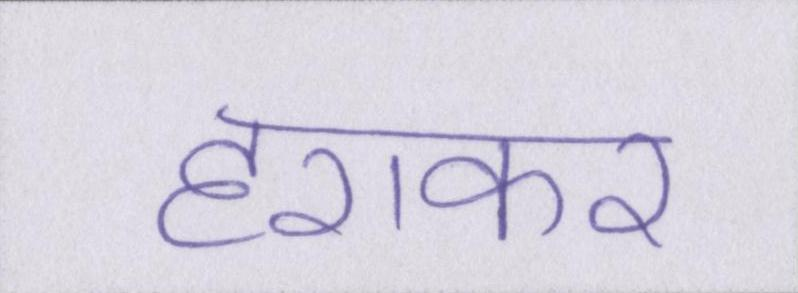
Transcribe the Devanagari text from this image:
हराकर